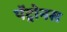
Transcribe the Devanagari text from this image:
पॅट्रोनस